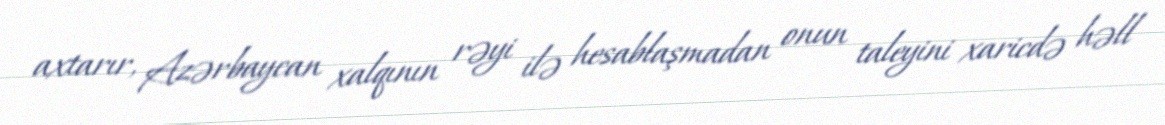
axtarır, Azərbaycan xalqının rəyi ilə hesablaşmadan onun taleyini xaricdə həll